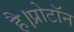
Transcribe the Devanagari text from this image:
है।प्रोटॉन